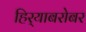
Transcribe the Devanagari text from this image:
हिर्‍याबरोबर